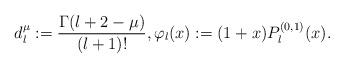
LaTeX: \begin{align*}d_{l}^\mu:=\frac{\Gamma(l+2-\mu)}{(l+1)!},\varphi_l(x):=(1+x)P_l^{(0,1)}(x).\end{align*}